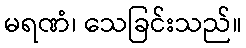
မရဏံ၊ သေခြင်းသည်။